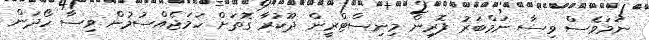
ނަމަވެސް ވިސާ ނަމްބަރު ފޮރިން މިނިސްޓްރީން ދޫކުރާ ގޮތަށް ހަމަޖެއްސުމުން ވިސާ ހޯދަން